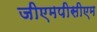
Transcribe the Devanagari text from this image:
जीएमपीसीएम